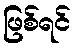
ဖြစ်ရင်